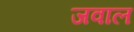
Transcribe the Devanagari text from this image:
जवाल